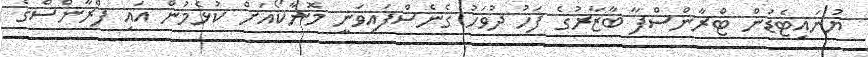
ޔުނައިޓެޑުން ޓްރާންސްފާ ބާޒާރުގެ ފަހު ދުވަހު ގެނެސްފައިވަނީ މޮނާކޯއަށް ކުޅެމުން އައި ފްރާންސްގެ